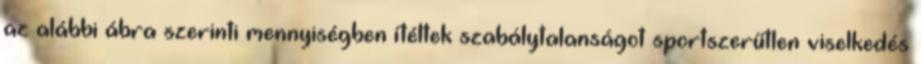
az alábbi ábra szerinti mennyiségben ítéltek szabálytalanságot sportszerűtlen viselkedés